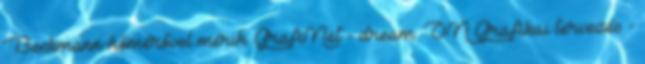
Beckmann-hőmérővel mérik. GrafiNet - dream. ON Grafikai tervezés -